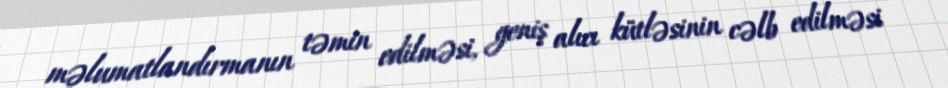
məlumatlandırmanın təmin edilməsi, geniş alıcı kütləsinin cəlb edilməsi